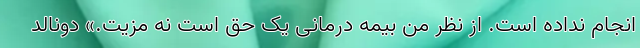
انجام نداده است. از نظر من بیمه درمانی یک حق است نه مزیت.» دونالد